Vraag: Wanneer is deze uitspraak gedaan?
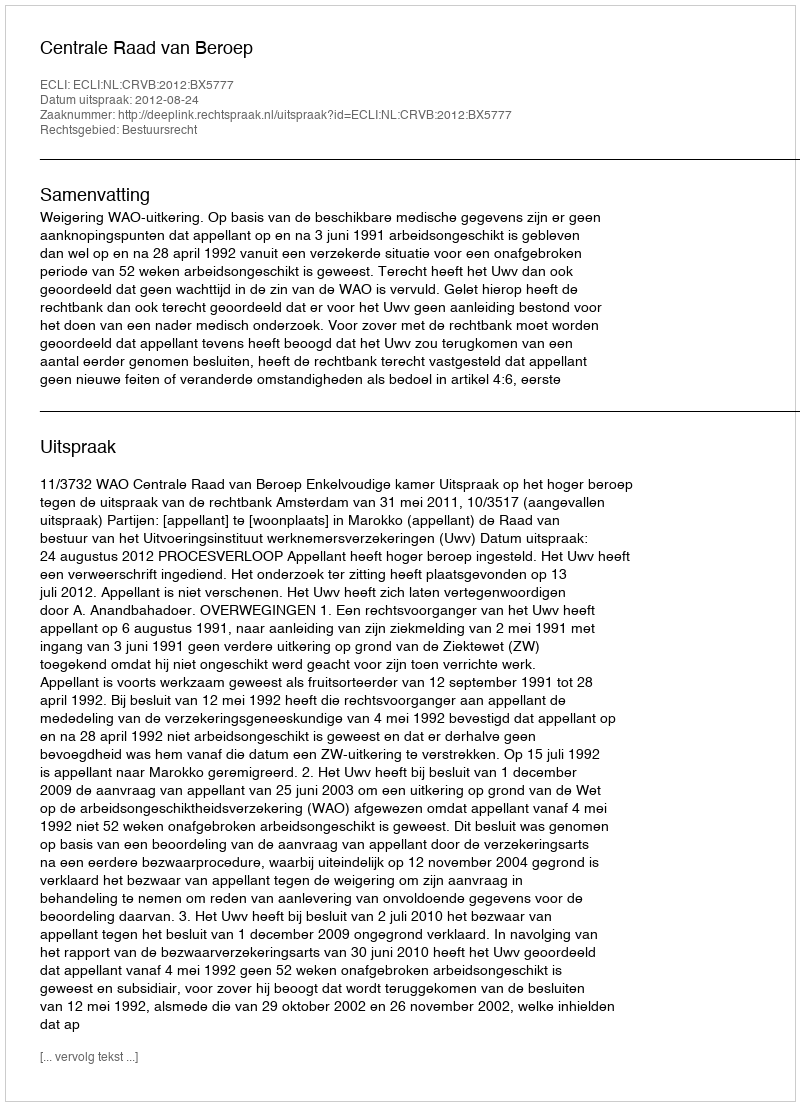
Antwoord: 2012-08-24